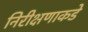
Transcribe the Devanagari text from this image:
निरीक्षणाकडे